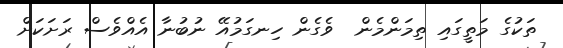
ތަކުގެ މަތީގައި ތިމަންމެން  ވެގެން ހިނގަމުއޭ ނުބުނާ އެއްވެސް ރަށަކަށް